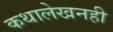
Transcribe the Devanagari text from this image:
कथालेखनही